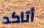
أتاكد